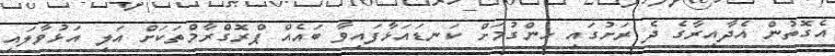
އެގޮތުން އެދާއިރާގެ ދެ ރަށުގައި ހިންގުމަށް ކަނޑައަޅާފައިވާ ބައެއް ޕްރޮގްރާމްތަކަށް އަލި އަޅުވާލައި